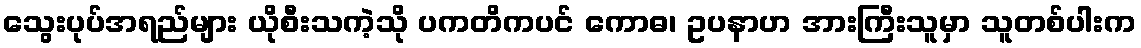
သွေးပုပ်အရည်များ ယိုစီးသကဲ့သို ပကတိကပင် ကောဓ၊ ဥပနာဟ အားကြီးသူမှာ သူတစ်ပါးက